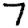
Digit: 7